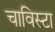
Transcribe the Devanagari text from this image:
चाविस्टा